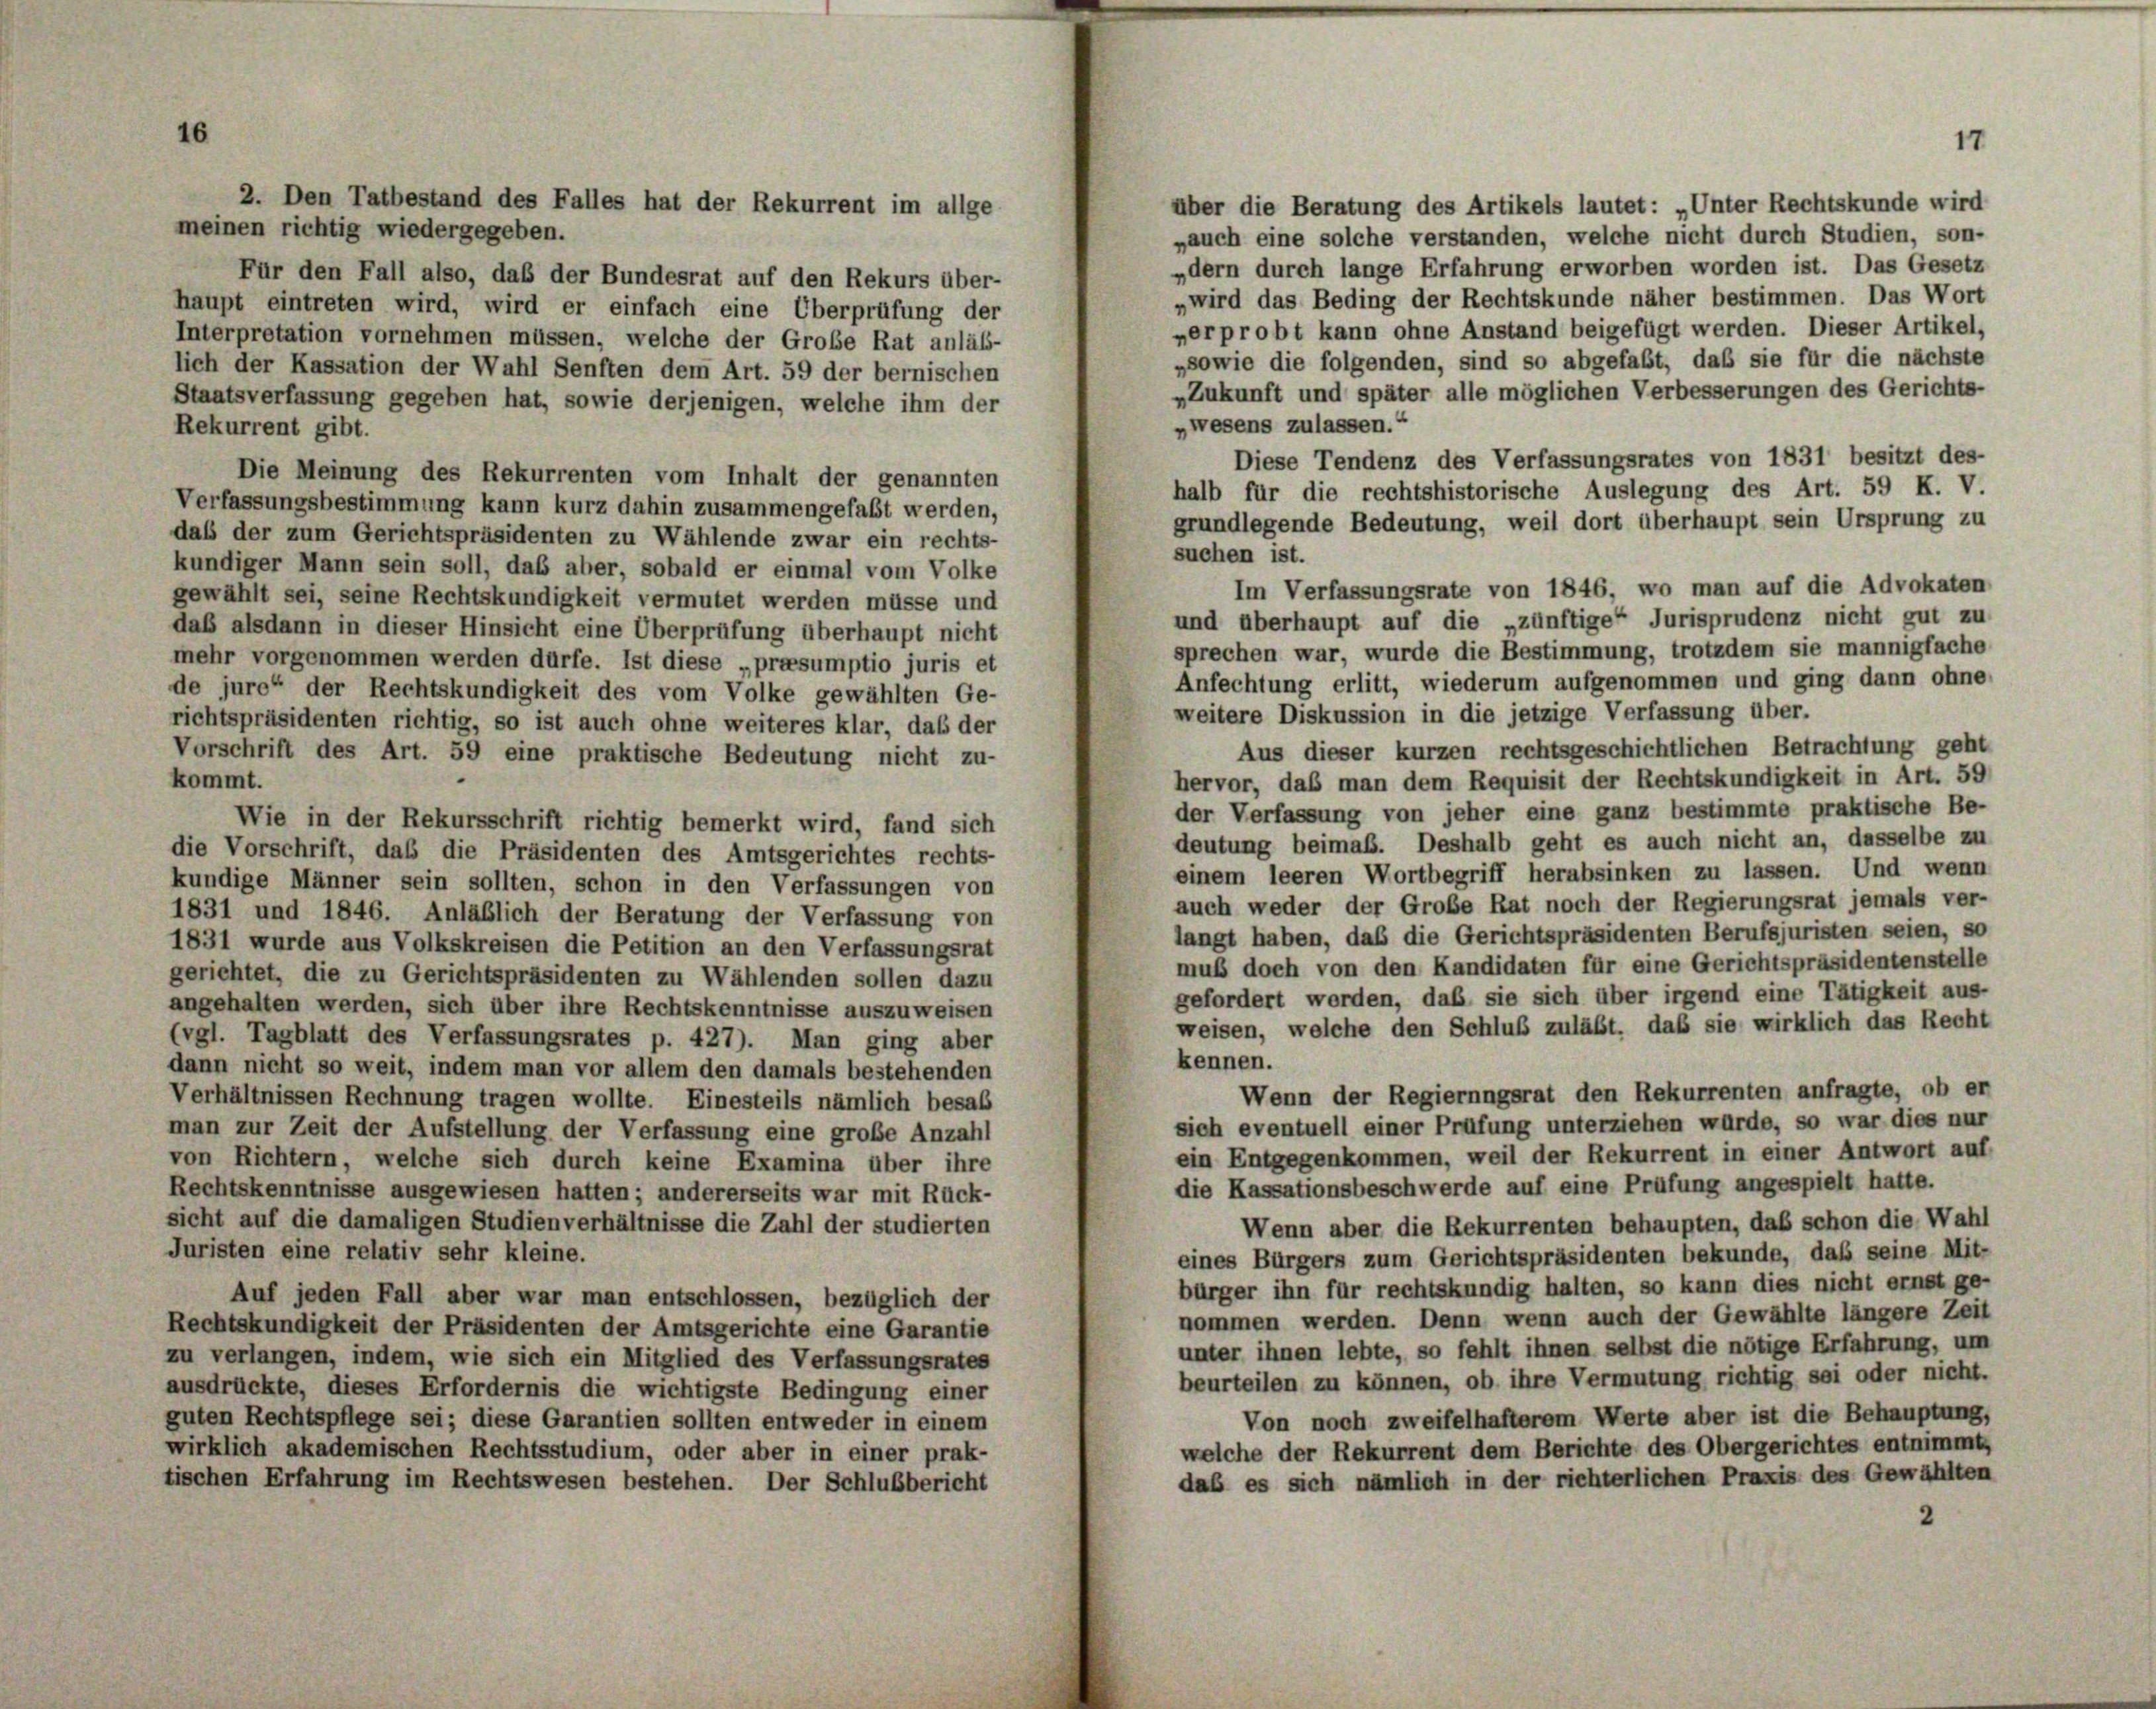
über die Beratung des Artikels lautet: „Unter Rechtskunde wird
meinen richtig wiedergegeben.
„auch eine solche verstanden, welche nicht durch Studien, son-
„dern durch lange Erfahrung erworben worden ist. Das Gesetz
Für den Fall also, daß der Bundesrat auf den Rekurs über-
wird das Beding der Rechtskunde näher bestimmen. Das Wort
haupt eintreten wird, wird er einfach eine Überprüfung der
»erprobt kann ohne Anstand beigefügt werden. Dieser Artikel,
Interpretation vornehmen müssen, welche der Große Rat anläß-
„sowie die folgenden, sind so abgefaßt, daß sie für die nächste
lich der Kassation der Wahl Senften dem Art. 59 der bernischen
„Zukunft und später alle möglichen Verbesserungen des Gerichts-
Staatsverfassung gegeben hat, sowie derjenigen, welche ihm der
wesens zulassen.“
Rekurrent gibt.
Diese Tendenz des Verfassungsrates von 1831 besitzt des-
Die Meinung des Rekurrenten vom Inhalt der genannten
halb für die rechtshistorische Auslegung des Art. 59 K. V.
Verfassungsbestimmung kann kurz dahin zusammengefaßt werden,
grundlegende Bedeutung, weil dort überhaupt sein Ursprung zu
das der zum Gerichtspräsidenten zu Wählende zwar ein rechts-
suchen ist.
kundiger Mann sein soll, daß aber, sobald er einmal vom Volke
gewählt sei, seine Rechtskundigkeit vermutet werden müsse und
und überhaupt auf die „zünftige Jurisprudenz nicht gut zu
das alsdann in dieser Hinsicht eine Überprüfung überhaupt nicht
sprechen war, wurde die Bestimmung, trotzdem sie mannigfache
mehr vorgenommen werden dürfe. Ist diese „preesumptio juris et
Anfechtung erlitt, wiederum aufgenommen und ging dann ohne
de jure“ der Rechtskundigkeit des vom Volke gewählten Ge-
weitere Diskussion in die jetzige Verfassung über.
richtspräsidenten richtig, so ist auch ohne weiteres klar, daß der
Aus dieser kurzen rechtsgeschichtlichen Betrachtung geht
Vorschrift des Art. 59 eine praktische Bedeutung nicht zu-
.
kommt.
hervor, daß man dem Requisit der Rechtskundigkeit in Art. 59
der Verfassung von jeher eine ganz bestimmte praktische Be-
Wie in der Rekursschrift richtig bemerkt wird, fand sich
deutung beimaß. Deshalb geht es auch nicht an, dasselbe zu
die Vorschrift, daß die Präsidenten des Amtsgerichtes rechts-
einem leeren Wortbegriff herabsinken zu lassen. Und wenn
kundige Männer sein sollten, schon in den Verfassungen von
auch weder der Große Rat noch der Regierungsrat jemals ver-
1831 und 1846. Anläßlich der Beratung der Verfassung von
langt haben, daß die Gerichtspräsidenten Berufsjuristen seien, so
1831 wurde aus Volkskreisen die Petition an den Verfassungsrat
muß doch von den Kandidaten für eine Gerichtspräsidentenstelle
gerichtet, die zu Gerichtspräsidenten zu Wählenden sollen dazu
gefordert werden, daß sie sich über irgend eine Tätigkeit aus-
angehalten werden, sich über ihre Rechtskenntnisse auszuweisen
weisen, welche den Schluß zuläßt, daß sie wirklich das Recht
(vgl. Tagblatt des Verfassungsrates p. 427). Man ging aber
kennen.
dann nicht so weit, indem man vor allem den damals bestehenden
Wenn der Regierungsrat den Rekurrenten anfragte, ob er
Verhältnissen Rechnung tragen wollte. Einesteils nämlich besab
sich eventuell einer Prüfung unterziehen würde, so war dies nur
man zur Zeit der Aufstellung der Verfassung eine große Anzahl
ein Entgegenkommen, weil der Rekurrent in einer Antwort auf
von Richtern, welche sich durch keine Examina über ihre
die Kassationsbeschwerde auf eine Prüfung angespielt hatte.
Rechtskenntnisse ausgewiesen hatten; andererseits war mit Rück-
sicht auf die damaligen Studienverhältnisse die Zahl der studierten
Wenn aber die Rekurrenten behaupten, daß schon die Wahl
Juristen eine relativ sehr kleine.
eines Bürgers zum Gerichtspräsidenten bekunde, daß seine Mit-
bürger ihn für rechtskundig halten, so kann dies nicht ernst ge-
Auf jeden Fall aber war man entschlossen, bezüglich der
nommen werden. Denn wenn auch der Gewählte längere Zeit
Rechtskundigkeit der Präsidenten der Amtsgerichte eine Garantie
unter ihnen lebte, so fehlt ihnen selbst die nötige Erfahrung, um
zu verlangen, indem, wie sich ein Mitglied des Verfassungsrates
beurteilen zu können, ob ihre Vermutung richtig sei oder nicht.
ausdrückte, dieses Erfordernis die wichtigste Bedingung einer
Von noch zweifelhafterem Werte aber ist die Behauptung,
guten Rechtspflege sei; diese Garantien sollten entweder in einem
welche der Rekurrent dem Berichte des Obergerichtes entnimmt,
wirklich akademischen Rechtsstudium, oder aber in einer prak-
daß es sich nämlich in der richterlichen Praxis des Gewählten
tischen Erfahrung im Rechtswesen bestehen. Der Schlußbericht

2. Den Tatbestand des Falles hat der Rekurrent im allge-

Im Verfassungsrate von 1846, wo man auf die Advokaten

17